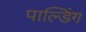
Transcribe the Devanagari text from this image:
पाल्डिंग